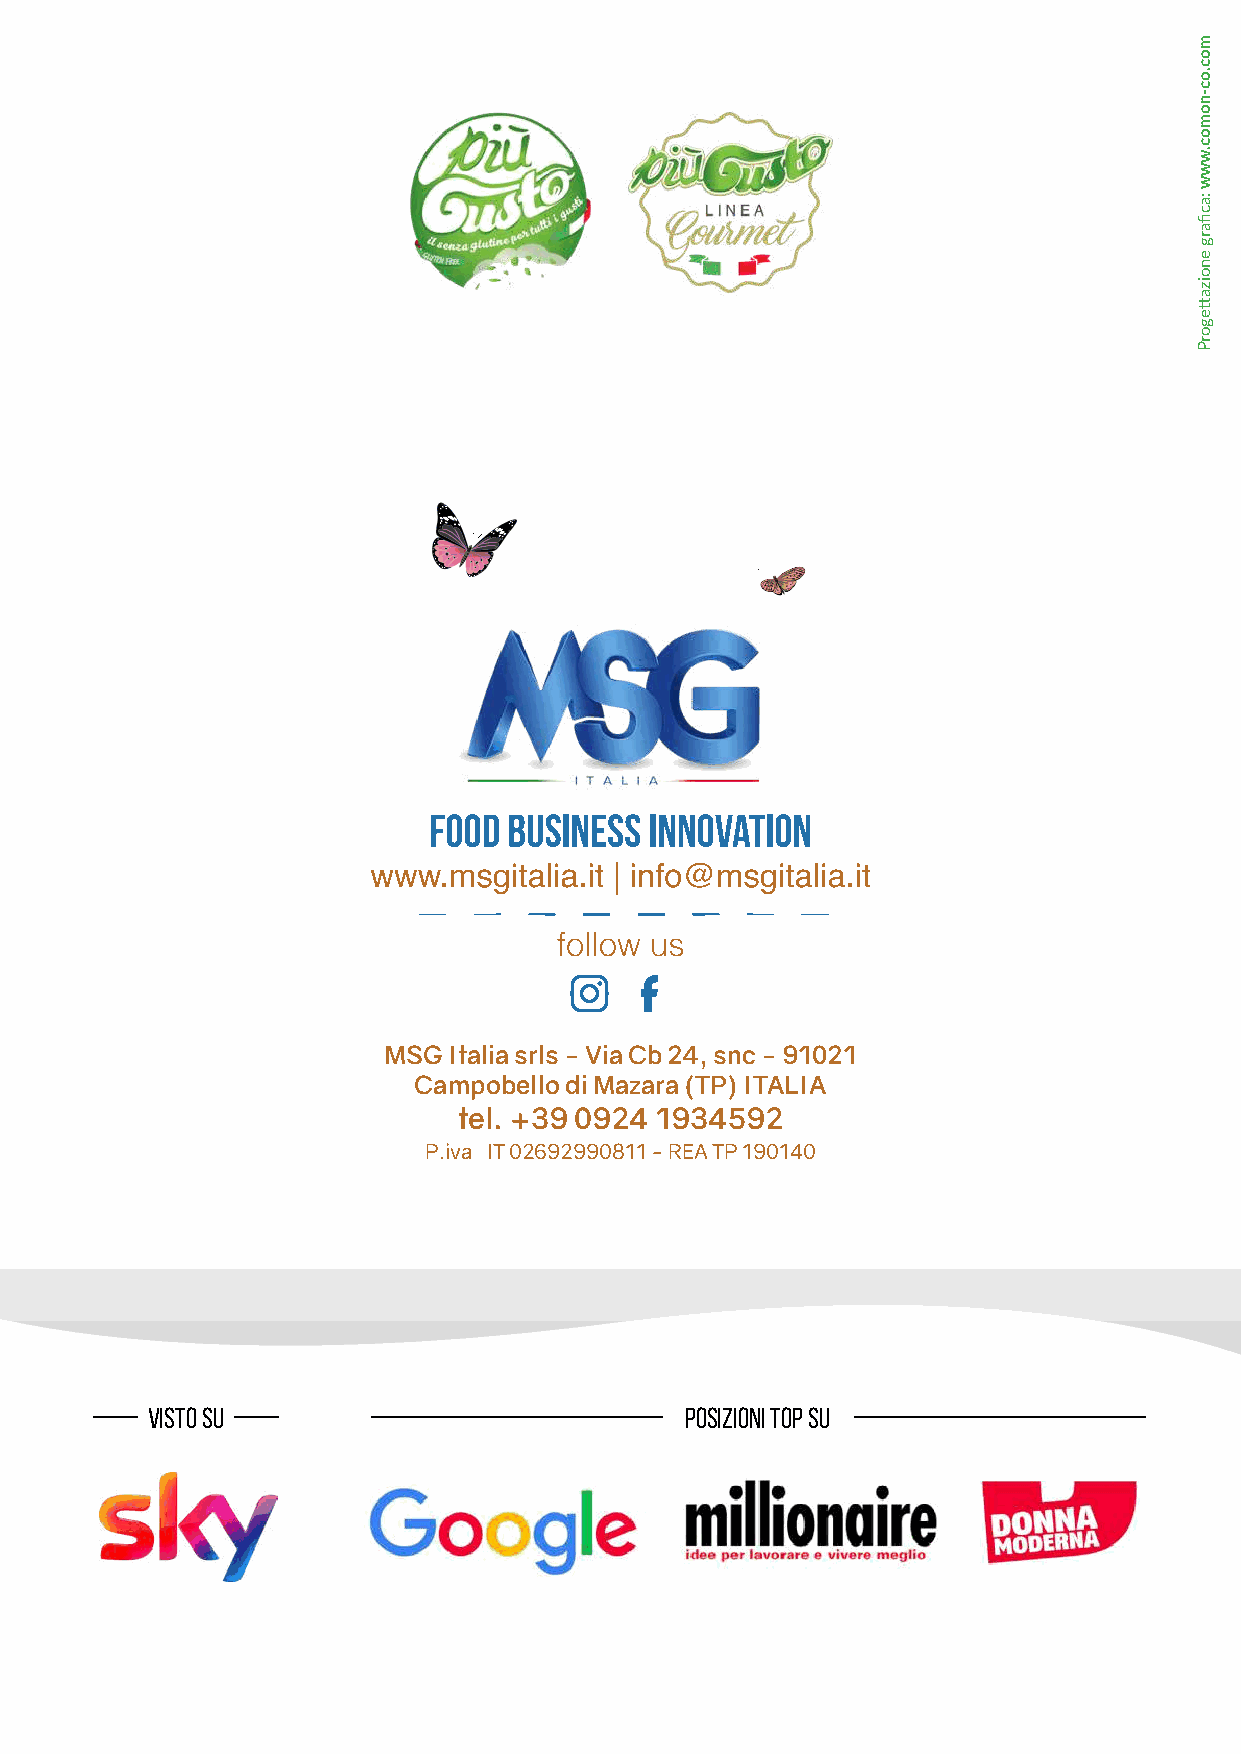
MSG  Italia srls - Via Cb 24, snc - 91021
 Campobello di Mazara (TP) ITALIA
 tel. +39 0924 1934592
 P.iva IT 02692990811 - REA TP 190140
 visto su                           posizioni top su
 8
 moc.oc-nomoc.www
 :acfiarg
 enoizattegorP